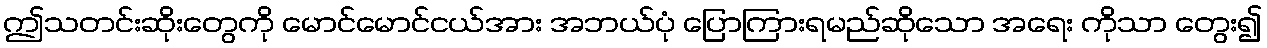
ဤသတင်းဆိုးတွေကို မောင်မောင်ငယ်အား အဘယ်ပုံ ပြောကြားရမည်ဆိုသော အရေး ကိုသာ တွေး၍